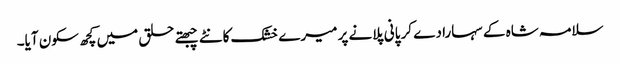
سلامہ شاہ کے سہارا دے کر پانی پلانے پر میرے خشک کانٹے چبھتے حلق میں کچھ سکون آیا۔